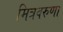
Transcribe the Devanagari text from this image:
मित्रवरुणा